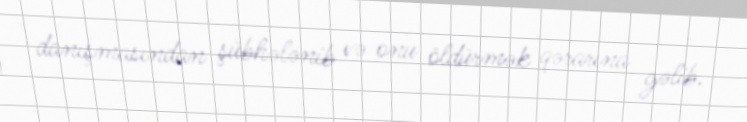
danışmasından şübhələnib və onu öldürmək qərarına gəlib.